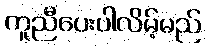
ကူညီပေးပါလိမ့်မည်